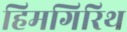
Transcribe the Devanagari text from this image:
हिमगिरिथ